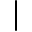
|